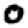
Digit: 0